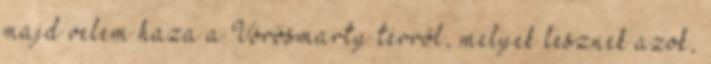
majd velem haza a Vörösmarty térről, melyek lesznek azok,